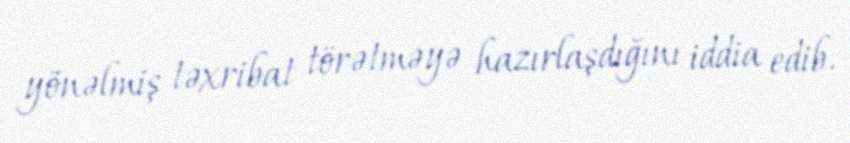
yönəlmiş təxribat törətməyə hazırlaşdığını iddia edib.